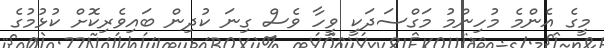
މީގެ އެންމެ މުހިންމު މަގްސަދަކީ ވީހާ ވެސް ގިނަ ކުދިން ބައިވެރިކޮށް ކުޅުމުގެ